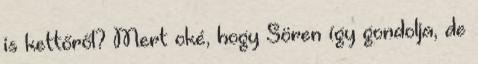
is kettőről? Mert oké, hogy Sören így gondolja, de